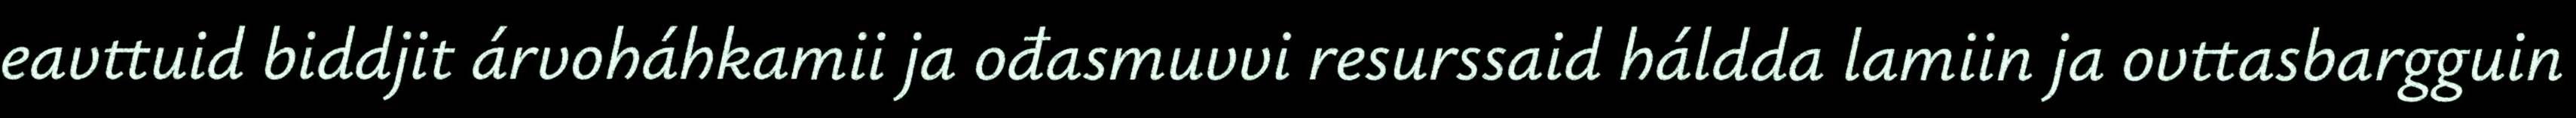
eavttuid biddjit árvoháhkamii ja ođasmuvvi resurssaid háldda lamiin ja ovttasbargguin